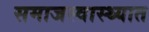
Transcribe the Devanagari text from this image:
समाजस्वास्थ्यात